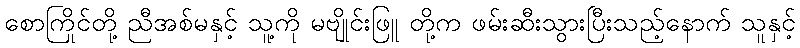
စောကြိုင်တို့ ညီအစ်မနှင့် သူ့ကို မဗျိုင်းဖြူ တို့က ဖမ်းဆီးသွားပြီးသည့်နောက် သူနှင့်